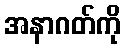
အနာဂတ်ကို